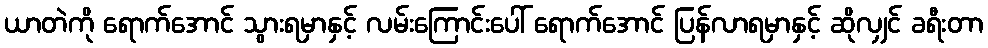
ယာတဲကို ရောက်အောင် သွားရမှာနှင့် လမ်းကြောင်းပေါ် ရောက်အောင် ပြန်လာရမှာနှင့် ဆိုလျှင် ခရီးတာ